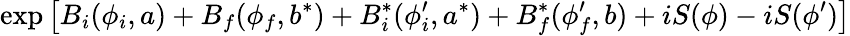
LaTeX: \exp\left[B_{i}(\phi_{i},a)+B_{f}(\phi_{f},b^{*})+B_{i}^{*}(\phi_{i}^{\prime},a^{*})+B_{f}^{*}(\phi_{f}^{\prime},b)+iS(\phi)-iS(\phi^{\prime})\right]